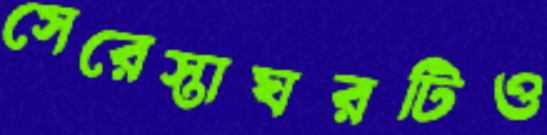
সেরেস্তাঘরটিও